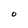
Character: O